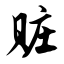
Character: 赃